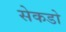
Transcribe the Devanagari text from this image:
सेकडो